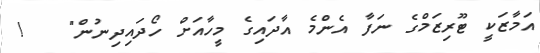
އަމާޒަކީ ޓޫރިޒަމްގެ ނަފާ އެންމެ އާދައިގެ މީހާއަށް ހޯދައިދިނުން"   !